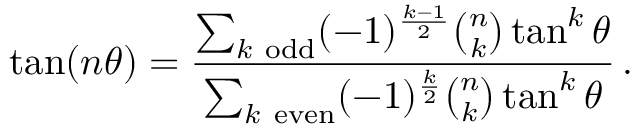
\tan ( n \theta ) = { \frac { \sum _ { k { \mathrm { ~ o d d } } } ( - 1 ) ^ { \frac { k - 1 } { 2 } } { \binom { n } { k } } \tan ^ { k } \theta } { \sum _ { k { \mathrm { ~ e v e n } } } ( - 1 ) ^ { \frac { k } { 2 } } { \binom { n } { k } } \tan ^ { k } \theta } } \, .